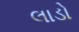
લાડો